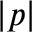
| p |